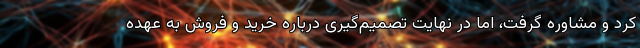
کرد و مشاوره گرفت، اما در نهایت تصمیم‌گیری درباره خرید و فروش به عهده